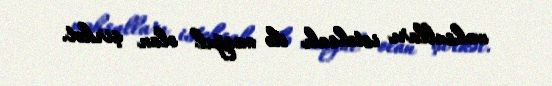
məhsulları istehsalı ilə məşğul olan şirkət.